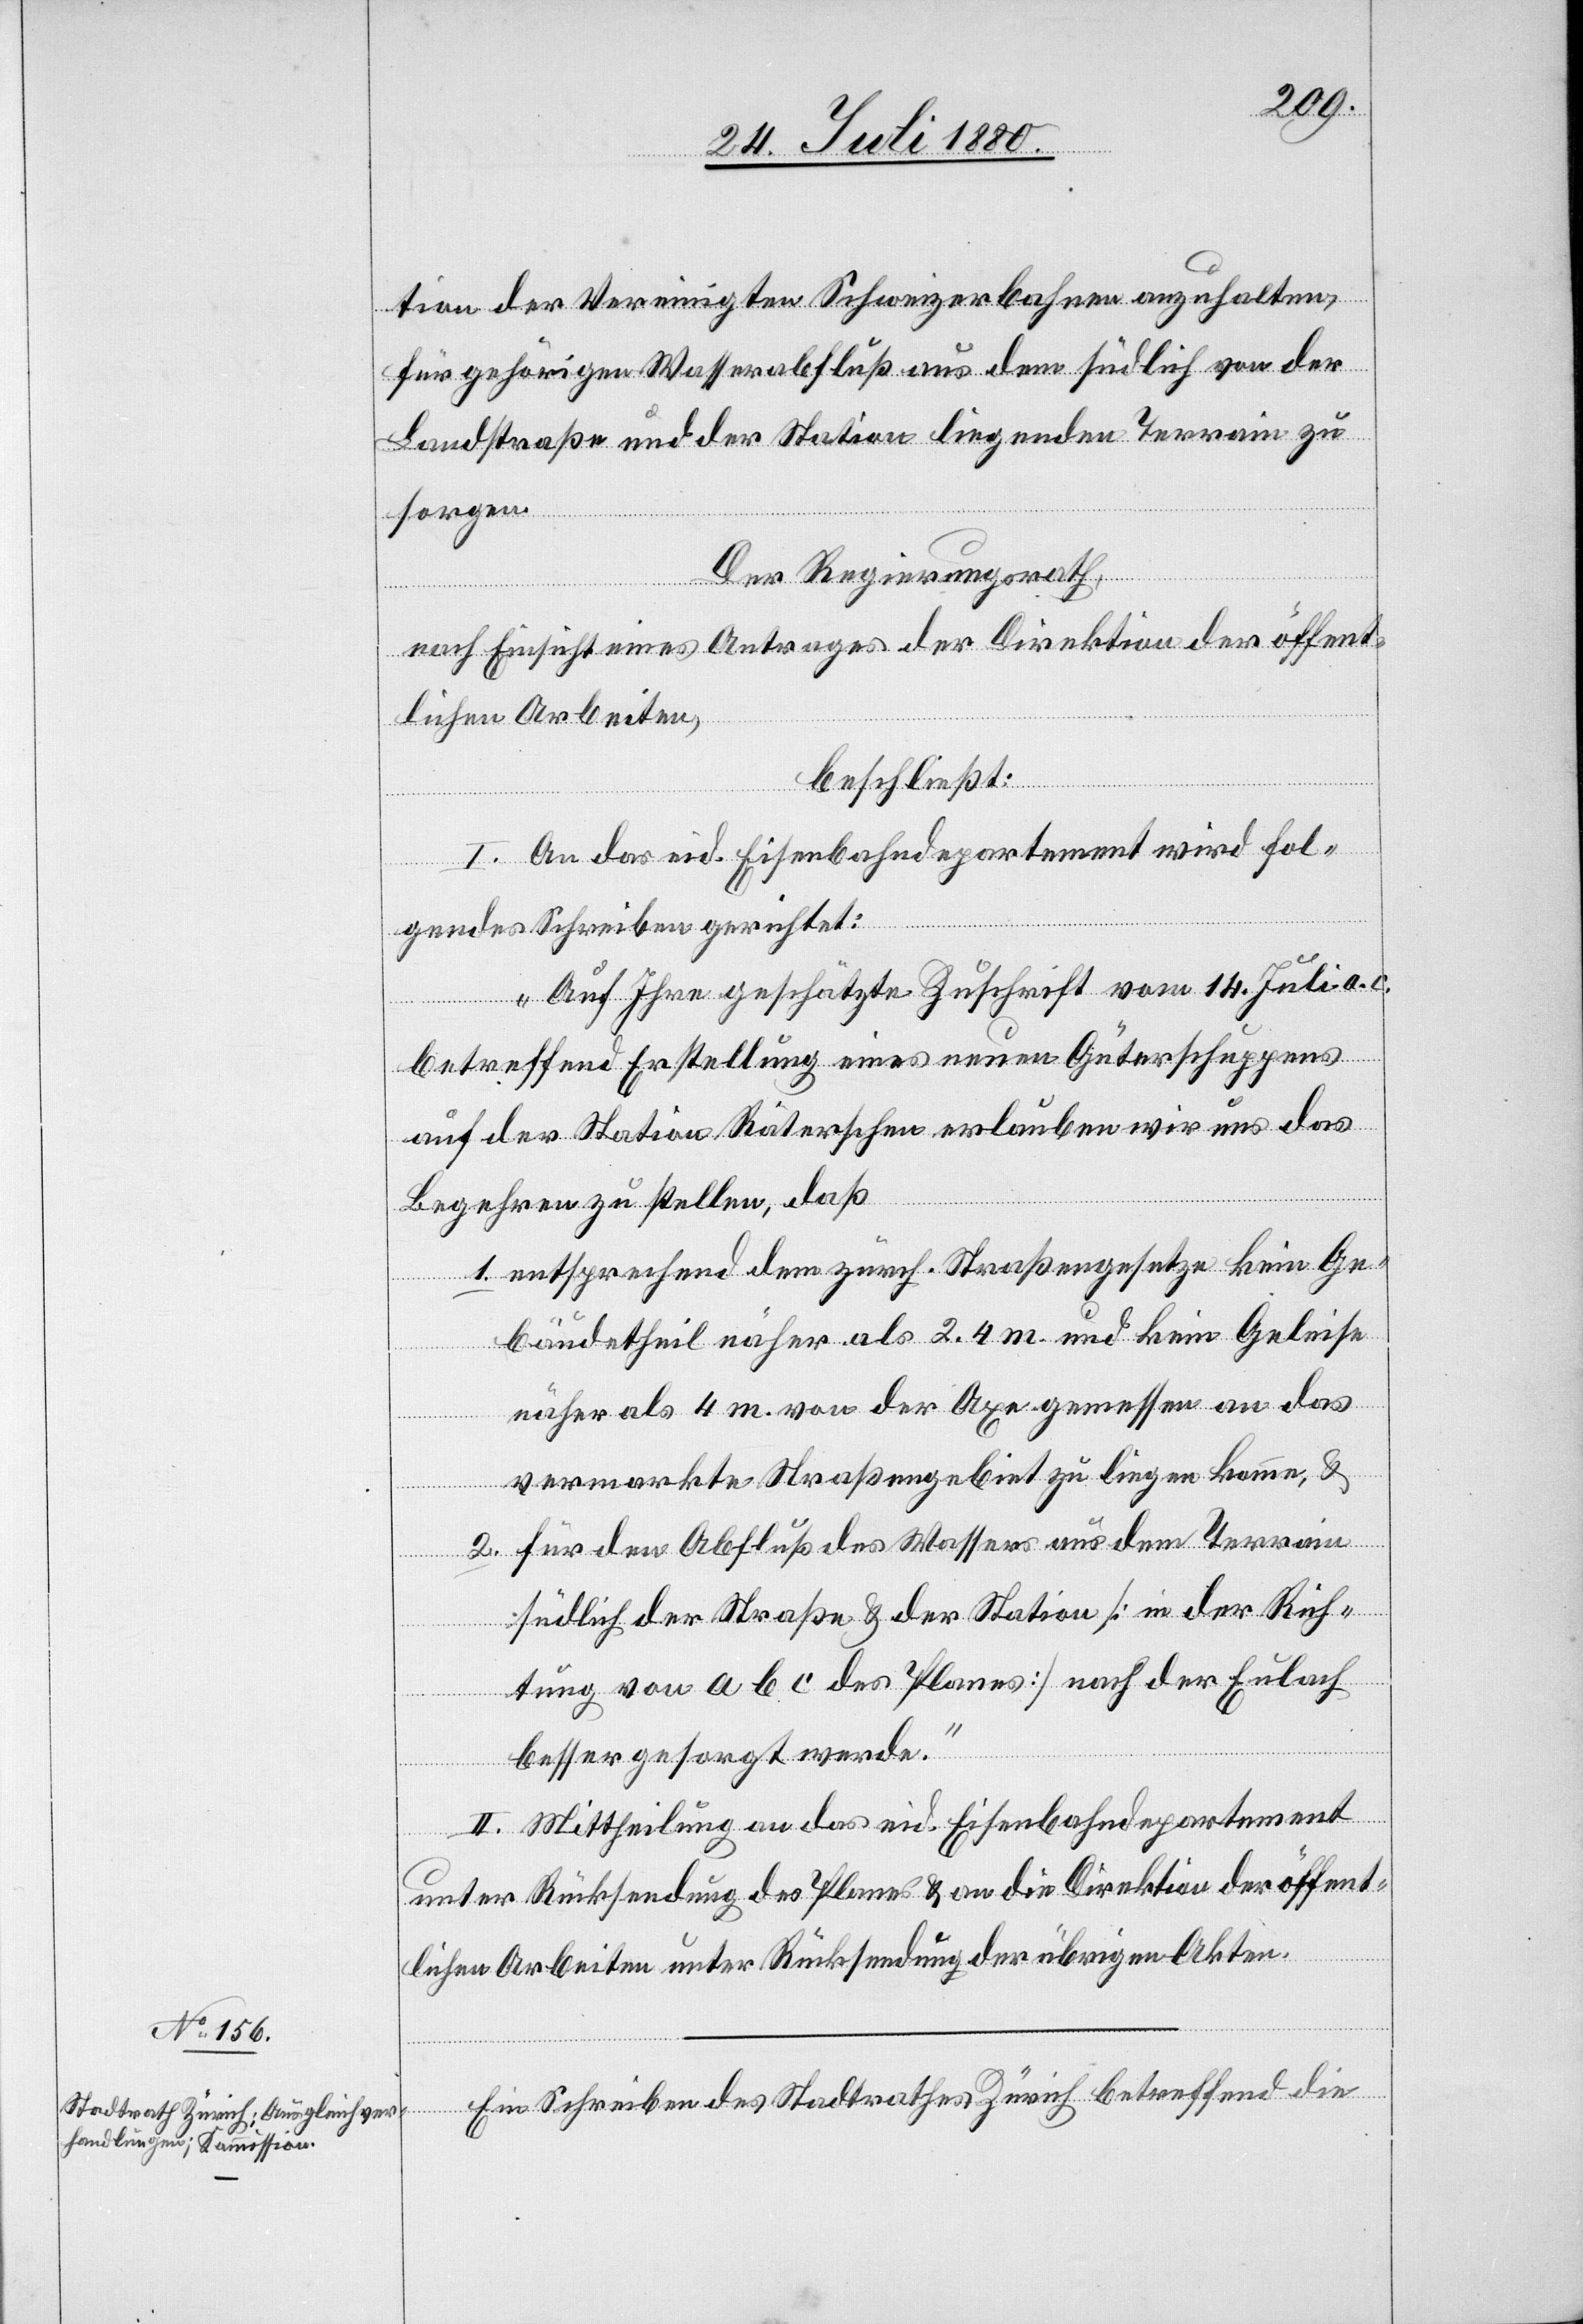
tion der Vereinigten Schweizerbahnen anzuhalten,
für gehörigen Wasserabfluß aus dem südlich von der
Landstraße und der Station liegenden Terrain zu
sorgen.
Der Regierungsrath,
nach Einsicht eines Antrages der Direktion der öffent¬
lichen Arbeiten,
beschließt:
I. An das eid. Eisenbahndepartement wird fol¬
gendes Schreiben gerichtet:
„Auf Ihre geschätzte Zuschrift vom 14. Juli a. c.
betreffend Erstellung eines neuen Güterschuppens
auf der Station Räterschen erlauben wir uns das
Begehren zu stellen, daß
1. entsprechend dem zürch. Straßengesetze kein Ge¬
bäudetheil näher als 2.4 m und kein Geleise
näher als 4 m, von der Axe gemessen an das
vermarkte Straßengebiet zu liegen komme, &
2. für den Abfluß des Wassers aus dem Terrain
südlich der Straße & der Station [in der Rich¬
tung von a b c des Planes] nach der Eulach
besser gesorgt werde.“
II. Mittheilung an das eid. Eisenbahndepartement
unter Rücksendung des Planes & an die Direktion der öffent¬
lichen Arbeiten unter Rücksendung der übrigen Akten.